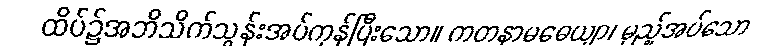
ထိပ်၌အဘိသိက်သွန်းအပ်ကုန်ပြီးသော။ ကတနာမဓေယျာ၊ မှည့်အပ်သော